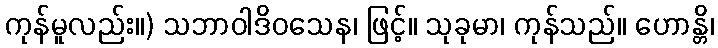
ကုန်မူလည်း။) သဘာဝါဒိဝသေန၊ ဖြင့်။ သုခုမာ၊ ကုန်သည်။ ဟောန္တိ၊